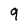
Character: 9